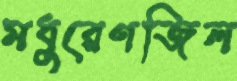
মধুরেণজিল